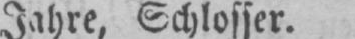
Jahre, Schlosser.